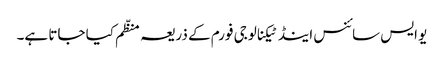
یو ایس سائنس اینڈ ٹیکنالوجی فورم کے ذریعہ منظّم کیا جاتا ہے۔